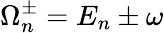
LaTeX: \Omega_{n}^{\pm}={E}_{n}\pm\omega